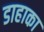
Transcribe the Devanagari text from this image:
डाहाका